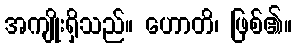
အကျိုးရှိသည်။ ဟောတိ၊ ဖြစ်၏။